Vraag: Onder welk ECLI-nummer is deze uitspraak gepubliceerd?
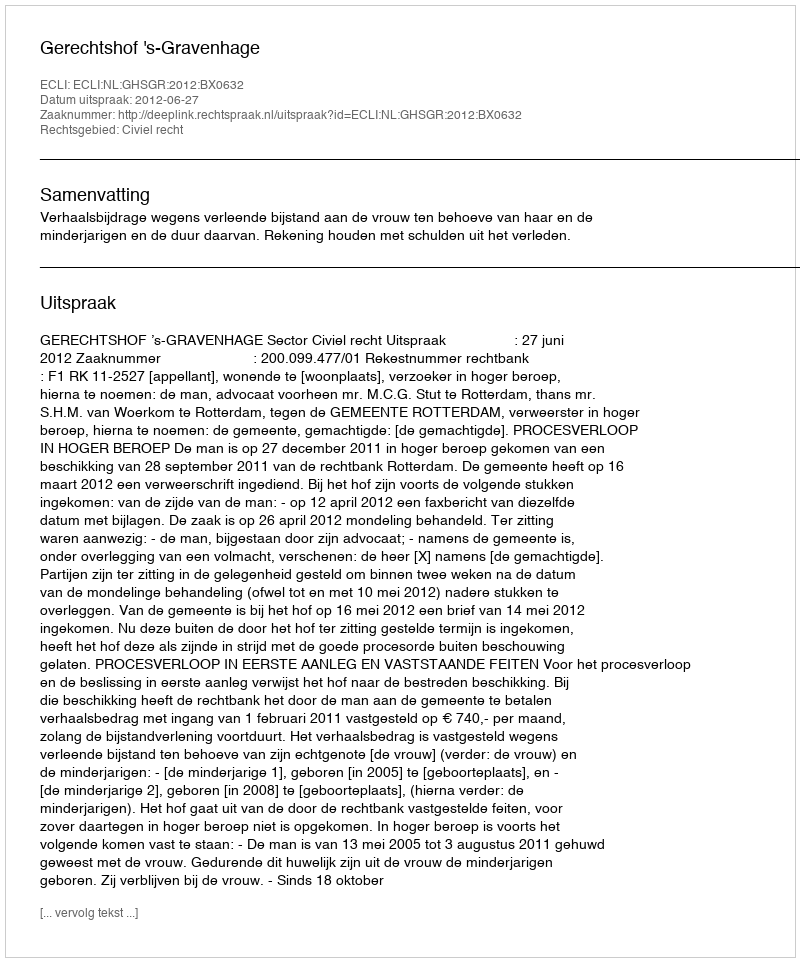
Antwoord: ECLI:NL:GHSGR:2012:BX0632